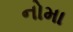
નોમા